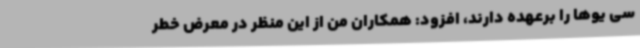
سی یوها را برعهده دارند، افزود: همکاران من از این منظر در معرض خطر